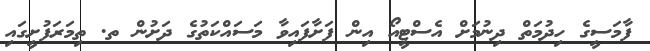
ފާމަސީގެ ހިދުމަތް ދިނުމަށް އެސްޓީއޯ އިން ފަށާފައިވާ މަސައްކަތުގެ ދަށުން ތ. ތިމަރަފުށީގައި